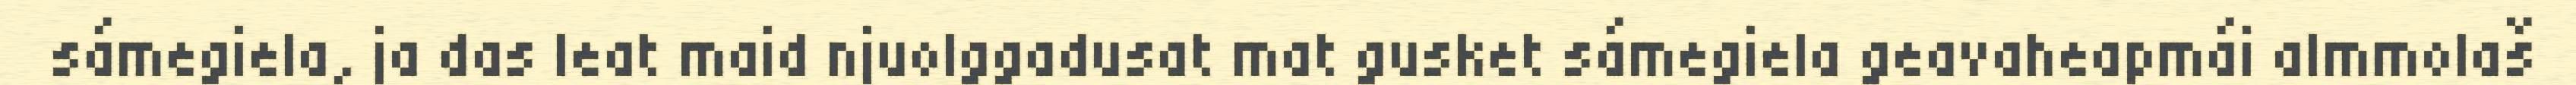
sámegiela, ja das leat maid njuolggadusat mat gusket sámegiela geavaheapmái almmolaš